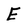
Character: E